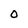
Character: 0